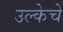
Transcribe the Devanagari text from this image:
उल्केचे